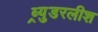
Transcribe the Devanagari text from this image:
ब्र्युडरलीश